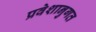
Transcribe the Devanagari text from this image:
प्रवेशानुगत